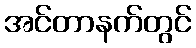
အင်တာနက်တွင်